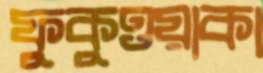
ফুকুওয়াকা